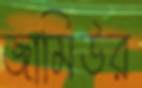
জামিউর